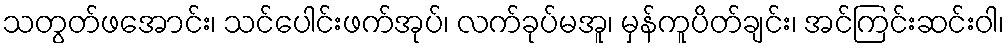
သတွတ်ဖအောင်း၊ သင်ပေါင်းဖက်အုပ်၊ လက်ခုပ်မအူ၊ မှန်ကူပိတ်ချင်း၊ အင်ကြင်းဆင်းဝါ၊